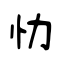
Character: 忇